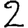
Digit: 2